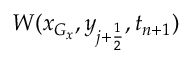
W ( x _ { G _ { x } } , y _ { j + \frac { 1 } { 2 } } , t _ { n + 1 } )